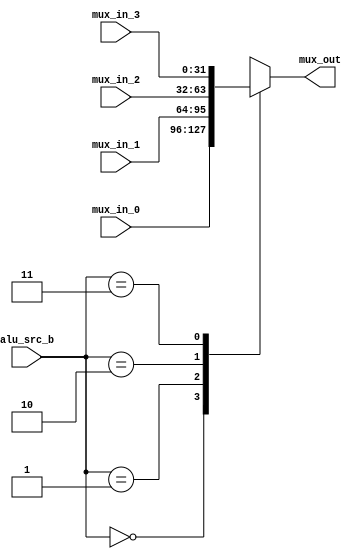
`timescale 1ns / 1ps
//////////////////////////////////////////////////////////////////////////////////
// Company: 
// Engineer: 
// 
// Design Name: 
// Module Name:    ceyloniac_alu_in_b_sel_mux 
// Project Name: 
// Target Devices: 
// Tool versions: 
// Description: 
//
// Dependencies: 
//
// Revision: 
// Revision 0.01 - File Created
// Additional Comments: 
//
//////////////////////////////////////////////////////////////////////////////////
module ceyloniac_alu_in_b_sel_mux
#(parameter ALU_DATA_WIDTH=32)
(
alu_src_b,
mux_in_0,
mux_in_1,
mux_in_2,
mux_in_3,
mux_out
    );

input [1:0]alu_src_b;
input [ALU_DATA_WIDTH-1:0]mux_in_0,mux_in_1,mux_in_2,mux_in_3;
output reg [ALU_DATA_WIDTH-1:0]mux_out;

always@(*)begin
case(alu_src_b)
2'b00:mux_out=mux_in_0;
2'b01:mux_out=mux_in_1;
2'b10:mux_out=mux_in_2;
2'b11:mux_out=mux_in_3;
endcase
end
endmodule